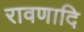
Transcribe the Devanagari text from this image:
रावणादि